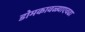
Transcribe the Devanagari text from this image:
डोमकावळ्याएवढा